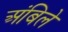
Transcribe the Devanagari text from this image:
अंबिले